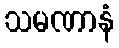
သမဏာနံ